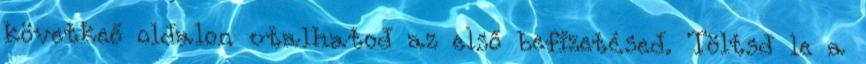
követkeő oldalon utalhatod az első befizetésed. Töltsd le a